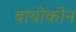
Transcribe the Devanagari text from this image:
बायोकोन